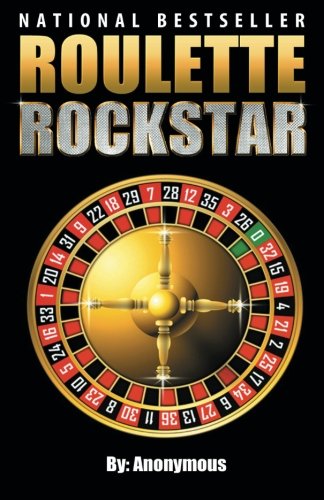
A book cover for Roulette Rockstar: Want To Win At Roulette?  These 3 Simple Roulette Strategies Helped An Unemployed Man Win Thousands!  Forget Roulette Tips You've Heard Before.  Learn How to Play Roulette and Win!; Anonymous; Humor & Entertainment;